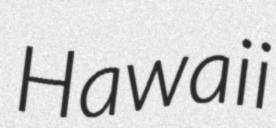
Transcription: Hawaii